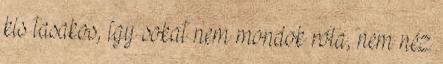
kis tasakos, így sokat nem mondok róla, nem néz